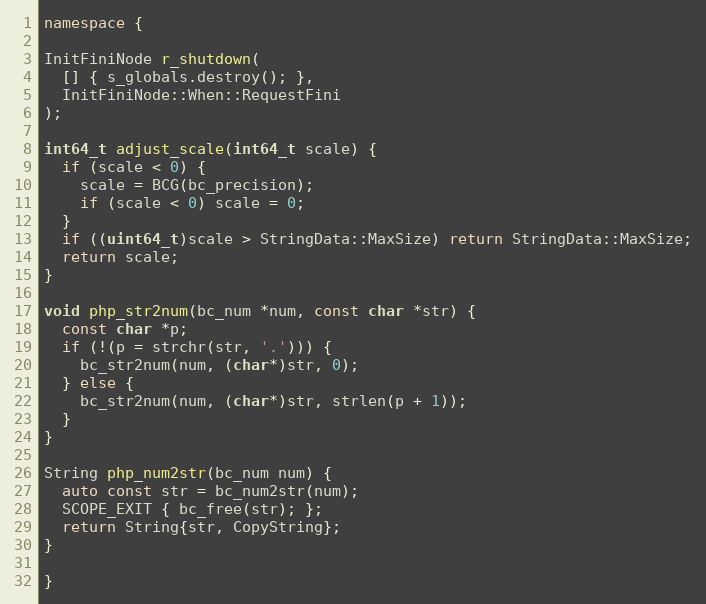
Language: C++
namespace {

InitFiniNode r_shutdown(
  [] { s_globals.destroy(); },
  InitFiniNode::When::RequestFini
);

int64_t adjust_scale(int64_t scale) {
  if (scale < 0) {
    scale = BCG(bc_precision);
    if (scale < 0) scale = 0;
  }
  if ((uint64_t)scale > StringData::MaxSize) return StringData::MaxSize;
  return scale;
}

void php_str2num(bc_num *num, const char *str) {
  const char *p;
  if (!(p = strchr(str, '.'))) {
    bc_str2num(num, (char*)str, 0);
  } else {
    bc_str2num(num, (char*)str, strlen(p + 1));
  }
}

String php_num2str(bc_num num) {
  auto const str = bc_num2str(num);
  SCOPE_EXIT { bc_free(str); };
  return String{str, CopyString};
}

}